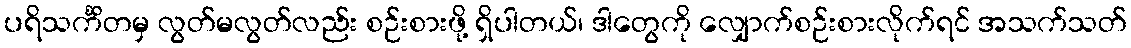
ပရိသင်္ကိတမှ လွတ်မလွတ်လည်း စဉ်းစားဖို့ ရှိပါတယ်၊ ဒါတွေကို လျှောက်စဉ်းစားလိုက်ရင် အသက်သတ်